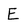
Character: E